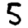
Digit: 5